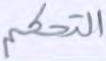
التحكم